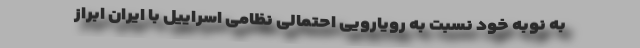
به نوبه خود نسبت به رویارویی احتمالی نظامی اسراییل با ایران ابراز